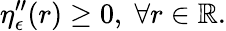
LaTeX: \eta_{\epsilon}^{\prime\prime}(r)\geq 0,\; \forall r\in\mathbb{R}.